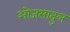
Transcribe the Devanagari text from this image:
ओजसातुल